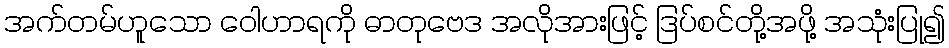
အက်တမ်ဟူသော ဝေါဟာရကို ဓာတုဗေဒ အလိုအားဖြင့် ဒြပ်စင်တို့အဖို့ အသုံးပြု၍